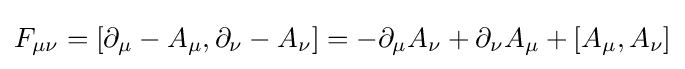
F_{\mu \nu }=[\partial _{\mu }-A_{\mu },\partial _{\nu }-A_{\nu }]=-\partial _{\mu }A_{\nu }+\partial _{\nu }A_{\mu }+[A_{\mu },A_{\nu }]